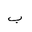
Letter: _ba